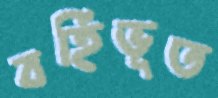
বর্হিভূত